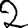
Digit: 2